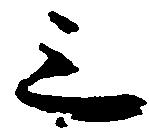
三